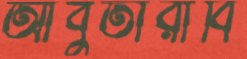
আবুতারাবি